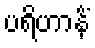
ပရိဟာနိံ